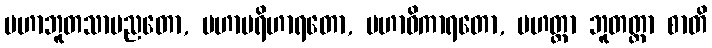
မဟာဘူတသာမညတော, မဟာပရိဟာရတော, မဟာဝိကာရတော, မဟတ္တာ ဘူတတ္တာ စာတိ